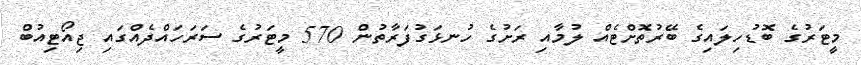
މީޓަރުގެ ބޮޑުހިލައިގެ ބޭރުތޮށްޓެއް ލުމާއި ރަށުގެ ހުނޅަގުފަރާތުން 570 މީޓަރުގެ ސަރަހައްދެއްގައި ޖިއޯޓިއުބް